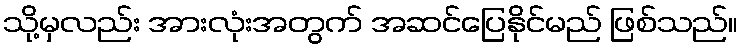
သို့မှလည်း အားလုံးအတွက် အဆင်ပြေနိုင်မည် ဖြစ်သည်။